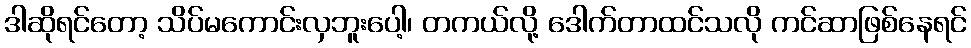
ဒါဆိုရင်တော့ သိပ်မကောင်းလှဘူးပေါ့၊ တကယ်လို့ ဒေါက်တာထင်သလို ကင်ဆာဖြစ်နေရင်